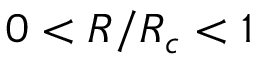
0 < R / R _ { c } < 1